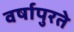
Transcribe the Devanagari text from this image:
वर्षापुरते